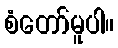
စံတော်မူပါ။